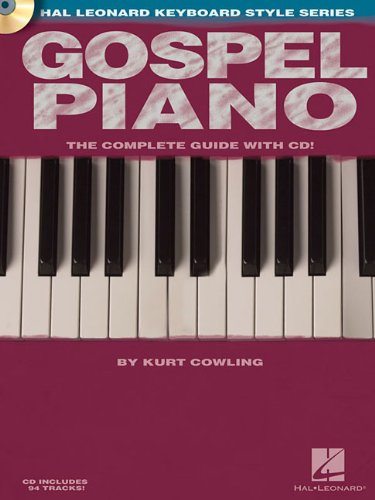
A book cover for Gospel Piano: Hal Leonard Keyboard Style Series; Kurt Cowling; Christian Books & Bibles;